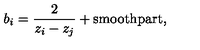
b _ { i } = \frac { 2 } { z _ { i } - z _ { j } } + \mathrm { { s m o o t h p a r t } } ,